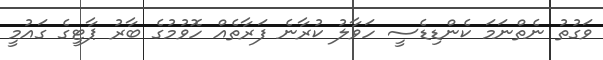
ވަގުތު ނެތްނަމަ ކެންޑިޑެސީ ހަވާލު ކުރާނެ ފަރާތެއް ހޮވުމުގެ ބާރު ޕާޓީގެ ގައުމީ